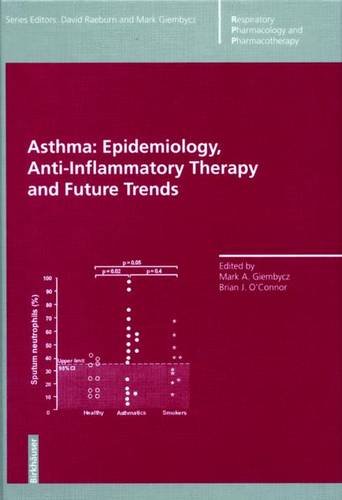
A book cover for Asthma: Epidemiology, Anti-Inflammatory Therapy and Future Trends (Respiratory Pharmacology and Pharmacotherapy); Health, Fitness & Dieting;